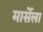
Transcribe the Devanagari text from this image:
मार्सेला